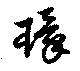
環